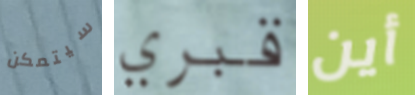
سيتمكن قبري أين